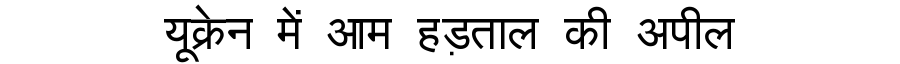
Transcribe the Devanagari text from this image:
यूक्रेन में आम हड़ताल की अपील